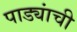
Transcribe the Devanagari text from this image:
पाड्यांची